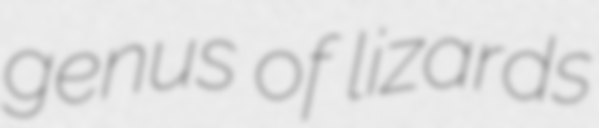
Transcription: genus of lizards